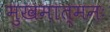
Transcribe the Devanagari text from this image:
मुखमात्मनः